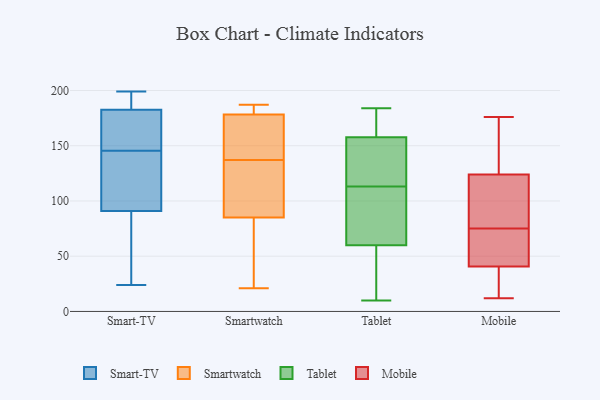
{"axis": {"x": "Temperature (°C)", "y": "Value"}, "legend": ["Mobile", "Smart-TV", "Smartwatch", "Tablet"], "data": [{"x": "", "y": 47, "type": "Smart-TV"}, {"x": "", "y": 31, "type": "Smart-TV"}, {"x": "", "y": 195, "type": "Smart-TV"}, {"x": "", "y": 157, "type": "Smart-TV"}, {"x": "", "y": 168, "type": "Smart-TV"}, {"x": "", "y": 24, "type": "Smart-TV"}, {"x": "", "y": 136, "type": "Smart-TV"}, {"x": "", "y": 150, "type": "Smart-TV"}, {"x": "", "y": 199, "type": "Smart-TV"}, {"x": "", "y": 67, "type": "Smart-TV"}, {"x": "", "y": 115, "type": "Smart-TV"}, {"x": "", "y": 193, "type": "Smart-TV"}, {"x": "", "y": 190, "type": "Smart-TV"}, {"x": "", "y": 124, "type": "Smart-TV"}, {"x": "", "y": 175, "type": "Smart-TV"}, {"x": "", "y": 141, "type": "Smart-TV"}, {"x": "", "y": 83, "type": "Smartwatch"}, {"x": "", "y": 162, "type": "Smartwatch"}, {"x": "", "y": 187, "type": "Smartwatch"}, {"x": "", "y": 21, "type": "Smartwatch"}, {"x": "", "y": 85, "type": "Smartwatch"}, {"x": "", "y": 85, "type": "Smartwatch"}, {"x": "", "y": 137, "type": "Smartwatch"}, {"x": "", "y": 127, "type": "Smartwatch"}, {"x": "", "y": 137, "type": "Smartwatch"}, {"x": "", "y": 177, "type": "Smartwatch"}, {"x": "", "y": 186, "type": "Smartwatch"}, {"x": "", "y": 116, "type": "Smartwatch"}, {"x": "", "y": 182, "type": "Smartwatch"}, {"x": "", "y": 95, "type": "Tablet"}, {"x": "", "y": 22, "type": "Tablet"}, {"x": "", "y": 77, "type": "Tablet"}, {"x": "", "y": 51, "type": "Tablet"}, {"x": "", "y": 149, "type": "Tablet"}, {"x": "", "y": 159, "type": "Tablet"}, {"x": "", "y": 57, "type": "Tablet"}, {"x": "", "y": 171, "type": "Tablet"}, {"x": "", "y": 36, "type": "Tablet"}, {"x": "", "y": 89, "type": "Tablet"}, {"x": "", "y": 182, "type": "Tablet"}, {"x": "", "y": 10, "type": "Tablet"}, {"x": "", "y": 154, "type": "Tablet"}, {"x": "", "y": 184, "type": "Tablet"}, {"x": "", "y": 148, "type": "Tablet"}, {"x": "", "y": 69, "type": "Tablet"}, {"x": "", "y": 180, "type": "Tablet"}, {"x": "", "y": 113, "type": "Tablet"}, {"x": "", "y": 138, "type": "Tablet"}, {"x": "", "y": 161, "type": "Mobile"}, {"x": "", "y": 176, "type": "Mobile"}, {"x": "", "y": 121, "type": "Mobile"}, {"x": "", "y": 46, "type": "Mobile"}, {"x": "", "y": 78, "type": "Mobile"}, {"x": "", "y": 75, "type": "Mobile"}, {"x": "", "y": 139, "type": "Mobile"}, {"x": "", "y": 56, "type": "Mobile"}, {"x": "", "y": 75, "type": "Mobile"}, {"x": "", "y": 131, "type": "Mobile"}, {"x": "", "y": 74, "type": "Mobile"}, {"x": "", "y": 21, "type": "Mobile"}, {"x": "", "y": 39, "type": "Mobile"}, {"x": "", "y": 75, "type": "Mobile"}, {"x": "", "y": 106, "type": "Mobile"}, {"x": "", "y": 125, "type": "Mobile"}, {"x": "", "y": 32, "type": "Mobile"}, {"x": "", "y": 12, "type": "Mobile"}, {"x": "", "y": 34, "type": "Mobile"}]}